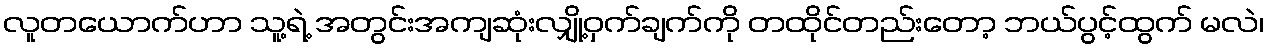
လူတယောက်ဟာ သူ့ရဲ့ အတွင်းအကျဆုံးလျှို့ဝှက်ချက်ကို တထိုင်တည်းတော့ ဘယ်ပွင့်ထွက် မလဲ၊